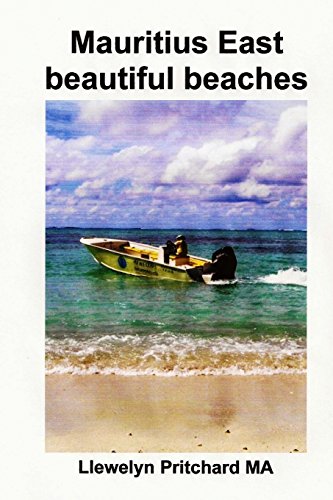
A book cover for Mauritius East beautiful beaches: En Souvenir Innsamling av fargefotografier med bildetekster (Foto Album) (Volume 10) (Norwegian Edition); Llewelyn Pritchard MA; Travel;